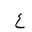
Letter: _ayn